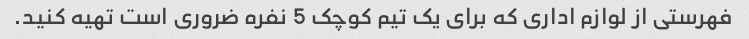
فهرستی از لوازم اداری که برای یک تیم کوچک 5 نفره ضروری است تهیه کنید.